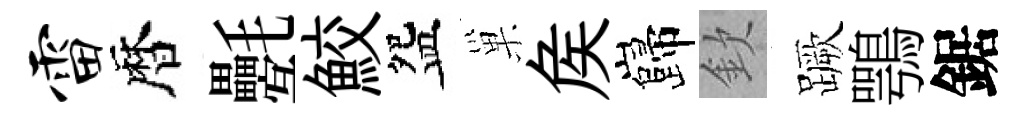
雷暦氎鮫盌巢矦巋欽蹶鶚鋸